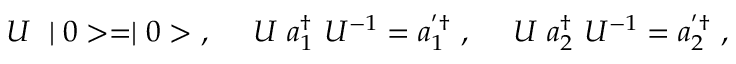
U ~ \mid 0 > = \mid 0 > ~ , ~ ~ ~ ~ U ~ a _ { 1 } ^ { \dag } ~ U ^ { - 1 } = a _ { 1 } ^ { ' \dag } ~ , ~ ~ ~ ~ U ~ a _ { 2 } ^ { \dag } ~ U ^ { - 1 } = a _ { 2 } ^ { ' \dag } ~ ,